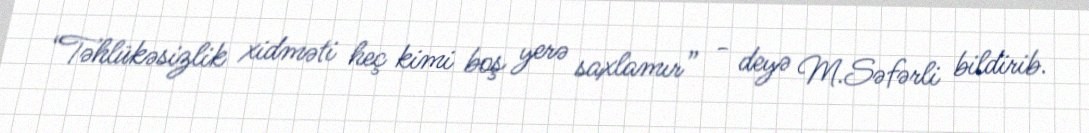
“Təhlükəsizlik xidməti heç kimi boş yerə saxlamır” - deyə M.Səfərli bildirib.